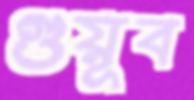
গুয়ূব